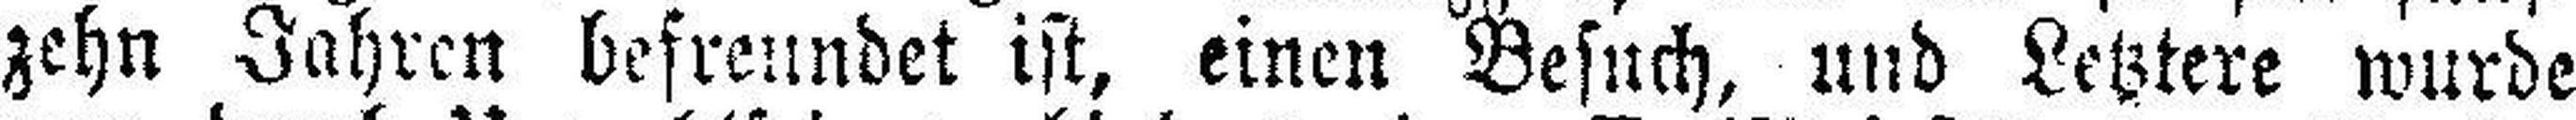
zehn Jahren befreundet ist, einen Besuch, und Letztere wurde